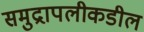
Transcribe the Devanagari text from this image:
समुद्रापलीकडील